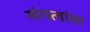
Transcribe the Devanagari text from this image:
मंगलांचा